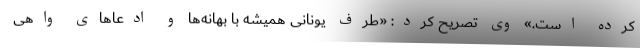
کرده است.» وی تصریح کرد: «طرف یونانی همیشه با بهانه‌ها و ادعاهای واهی